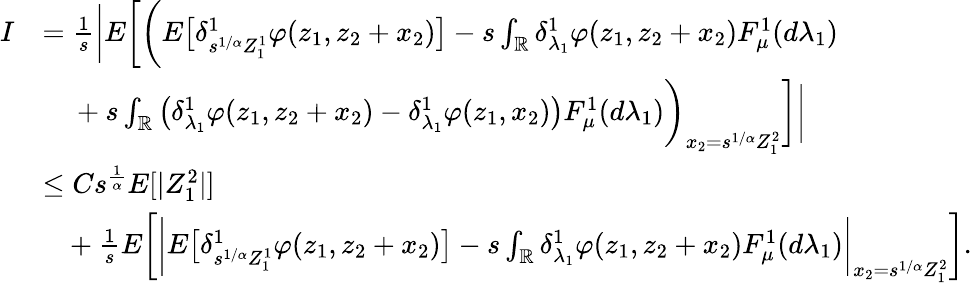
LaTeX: \begin{array}{rl}{I}&{=\frac{1}{s}\bigg\vert E\bigg[\bigg(E\big[\delta_{s^{1/\alpha}Z_{1}^{1}}^{1}\varphi(z_{1},z_{2}+x_{2})\big]-s\int_{\mathbb{R}}\delta_{\lambda_{1}}^{1}\varphi(z_{1},z_{2}+x_{2})F_{\mu}^{1}(d\lambda_{1})}\\ &{\mathrm{~\ ~\ }+s\int_{\mathbb{R}}\left(\delta_{\lambda_{1}}^{1}\varphi(z_{1},z_{2}+x_{2})-\delta_{\lambda_{1}}^{1}\varphi(z_{1},x_{2})\right)F_{\mu}^{1}(d\lambda_{1})\bigg)_{x_{2}=s^{1/\alpha}Z_{1}^{2}}\bigg]\bigg\vert}\\ &{\leq Cs^{\frac{1}{\alpha}}E[|Z_{1}^{2}|]}\\ &{\ \ \ +\frac{1}{s}E\bigg[\bigg\vert E\big[\delta_{s^{1/\alpha}Z_{1}^{1}}^{1}\varphi(z_{1},z_{2}+x_{2})\big]-s\int_{\mathbb{R}}\delta_{\lambda_{1}}^{1}\varphi(z_{1},z_{2}+x_{2})F_{\mu}^{1}(d\lambda_{1})\bigg\vert_{x_{2}=s^{1/\alpha}Z_{1}^{2}}\bigg].}\end{array}